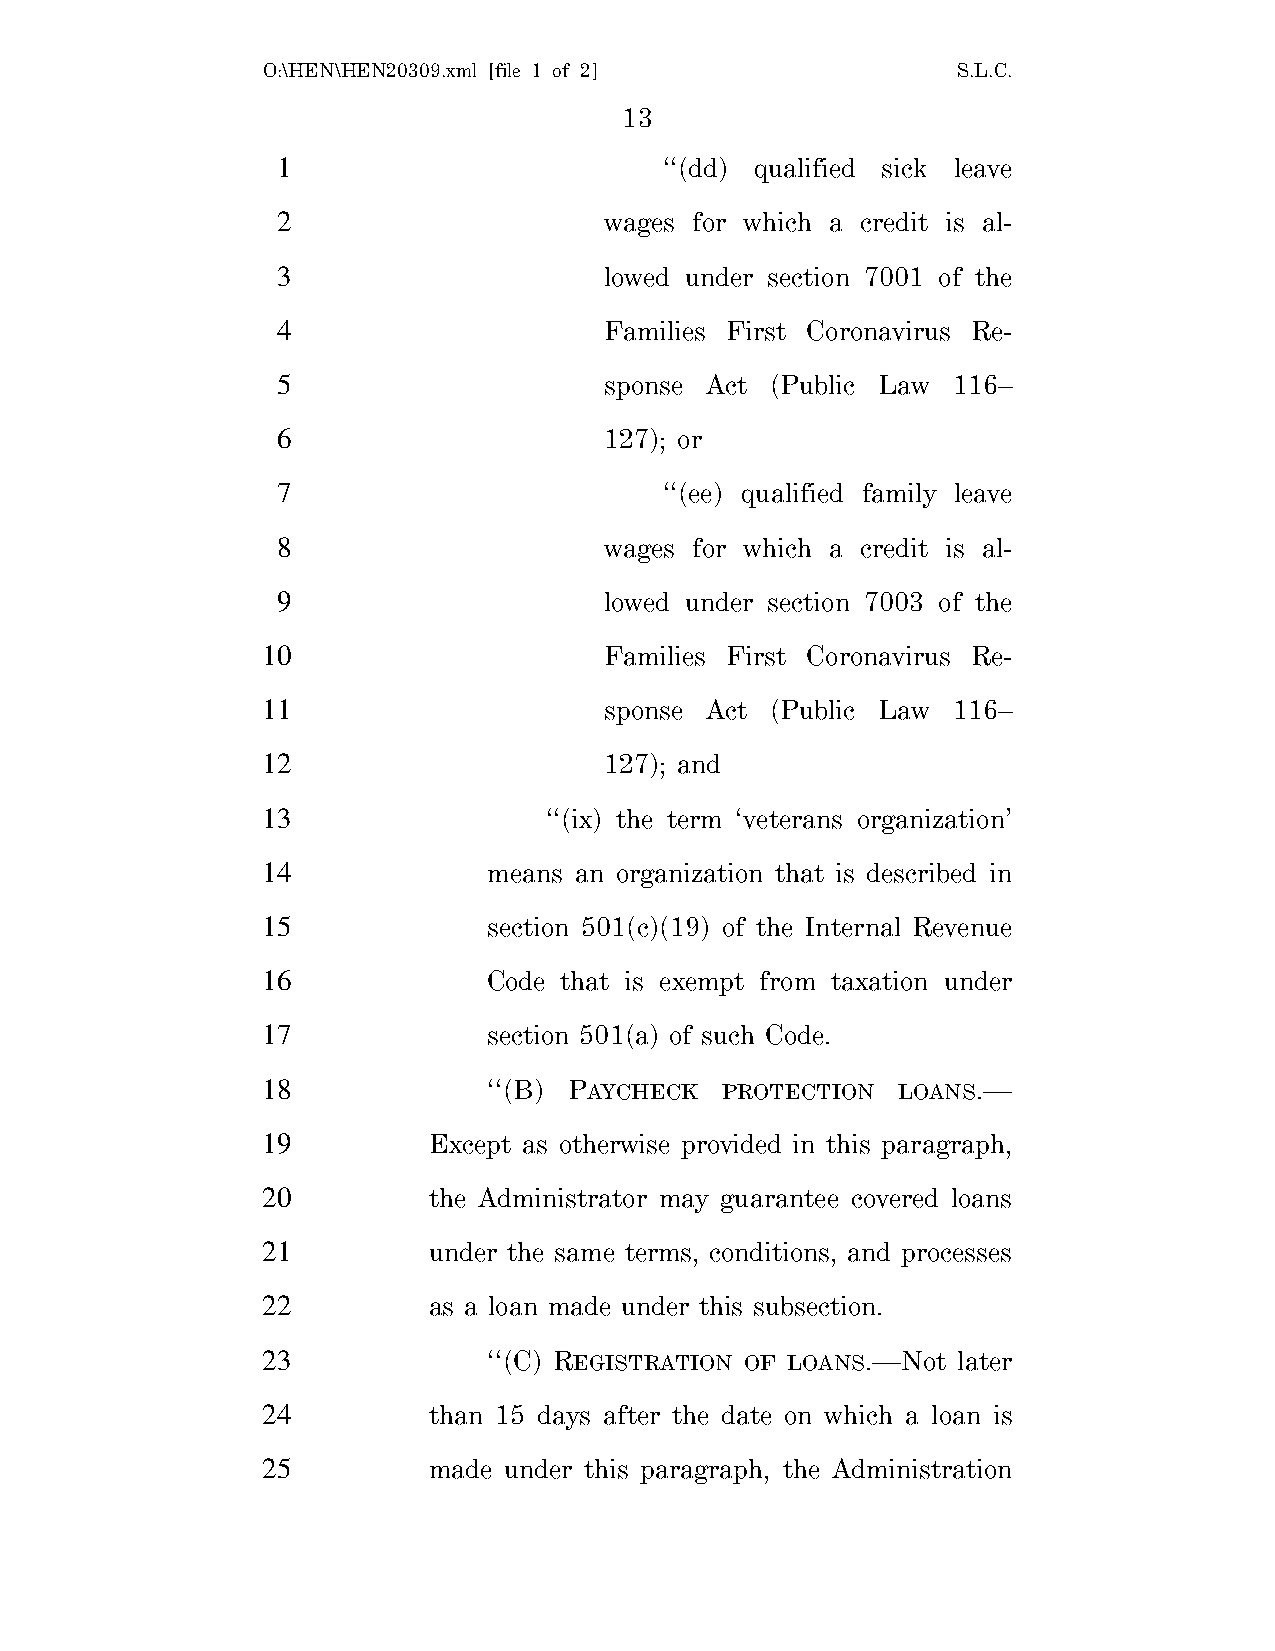
O:\HEN\HEN20309.xml [file 1 of 2]             S.L.C.
 13
 1                         ‘‘(dd) qualified sick leave
 2                     wages for which a credit is al-
 3                     lowed under section 7001 of the
 4                     Families First Coronavirus Re-
 5                     sponse Act (Public Law 116–
 6                     127); or
 7                         ‘‘(ee) qualified family leave
 8                     wages for which a credit is al-
 9                     lowed under section 7003 of the
 10                     Families First Coronavirus Re-
 11                     sponse Act (Public Law 116–
 12                     127); and
 13                 ‘‘(ix) the term ‘veterans organization’
 14             means an organization that is described in
 15             section 501(c)(19) of the Internal Revenue
 16             Code that is exempt from taxation under
 17             section 501(a) of such Code.
 18             ‘‘(B) PAYCHECK  PROTECTION LOANS.—
 19         Except as otherwise provided in this paragraph,
 20         the Administrator may guarantee covered loans
 21         under the same terms, conditions, and processes
 22         as a loan made under this subsection.
 23             ‘‘(C) REGISTRATION OF LOANS.—Not later
 24         than 15 days after the date on which a loan is
 25         made under this paragraph, the Administration